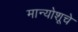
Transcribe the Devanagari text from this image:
मान्योशूचे